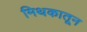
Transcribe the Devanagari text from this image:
मिथकातून